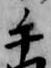
手